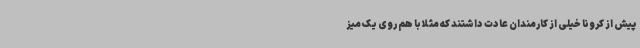
پیش از کرونا خیلی از کارمندان عادت داشتند که مثلا با هم روی یک میز